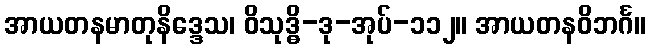
အာယတနမာတုနိဒ္ဒေသ၊ ဝိသုဒ္ဓိ-ဒု-အုပ်-၁၁၂။ အာယတနဝိဘင်္ဂ။